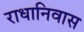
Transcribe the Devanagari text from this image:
राधानिवास